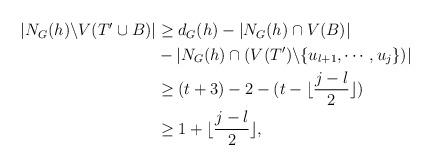
LaTeX: \begin{align*}\begin{aligned}|N_{G}(h)\backslash V(T'\cup B)|&\geq d_{G}(h)-|N_{G}(h)\cap V(B)|\\&-|N_{G}(h)\cap(V(T')\backslash\{u_{l+1},\cdots,u_{j}\})|\\&\geq (t+3)-2-(t-\lfloor\frac{j-l}{2}\rfloor)\\&\geq1+\lfloor\frac{j-l}{2}\rfloor,\end{aligned}\end{align*}